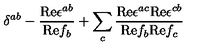
\delta ^ { a b } - { \frac { \mathrm { R e } \epsilon ^ { a b } } { \mathrm { R e } f _ { b } } } + \sum _ { c } { \frac { \mathrm { R e } \epsilon ^ { a c } \mathrm { R e } \epsilon ^ { c b } } { \mathrm { R e } f _ { b } \mathrm { R e } f _ { c } } }